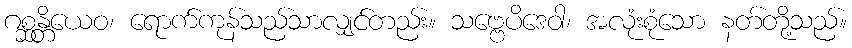
ဂစ္ဆန္တိယေဝ၊ ရောက်ကုန်သည်သာလျှင်တည်း။ သဗ္ဗေပိဒေဝါ၊ အလုံးစုံသော နတ်တို့သည်။